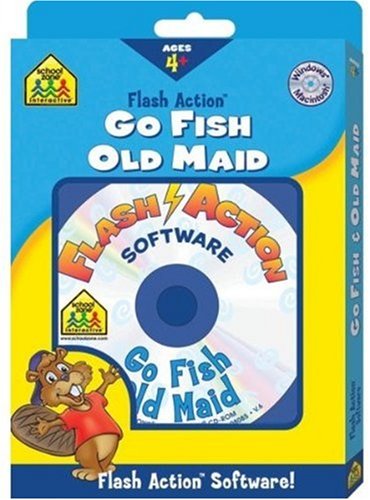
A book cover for Flash Action Go Fish & Old Maid; School Zone; Children's Books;